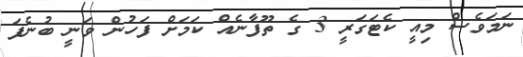
ނަމަވެސް މިއީ ކެޓަގަރީ 3 ގެ ތޫފާނެއް ކަމަށް ފަހުން ވަނީ ބުނެފަ